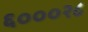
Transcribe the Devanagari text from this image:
६०००२८